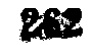
$222$